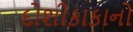
દોશીકાકાનો